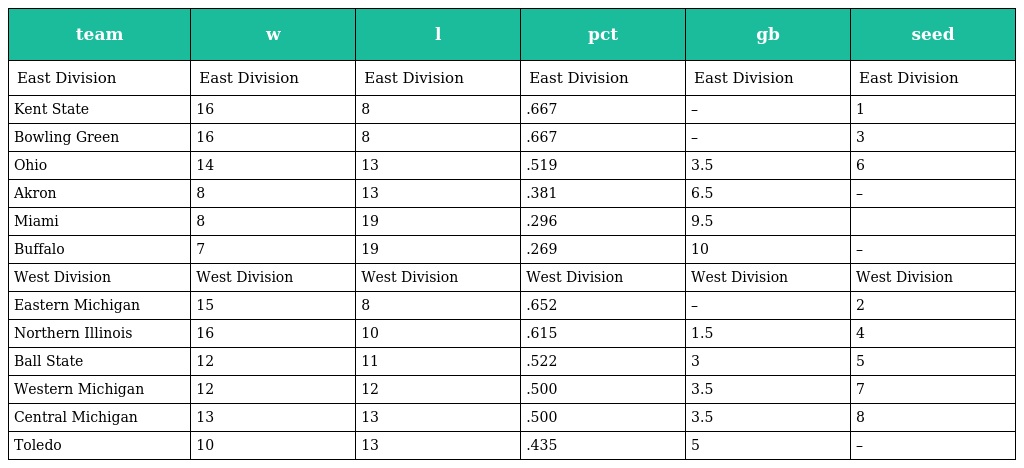
| team | w | l | pct | gb | seed |
 | --- | --- | --- | --- | --- | --- |
 | East Division | East Division | East Division | East Division | East Division | East Division |
 | Kent State | 16 | 8 | .667 | – | 1 |
 | Bowling Green | 16 | 8 | .667 | – | 3 |
 | Ohio | 14 | 13 | .519 | 3.5 | 6 |
 | Akron | 8 | 13 | .381 | 6.5 | – |
 | Miami | 8 | 19 | .296 | 9.5 |  |
 | Buffalo | 7 | 19 | .269 | 10 | – |
 | West Division | West Division | West Division | West Division | West Division | West Division |
 | Eastern Michigan | 15 | 8 | .652 | – | 2 |
 | Northern Illinois | 16 | 10 | .615 | 1.5 | 4 |
 | Ball State | 12 | 11 | .522 | 3 | 5 |
 | Western Michigan | 12 | 12 | .500 | 3.5 | 7 |
 | Central Michigan | 13 | 13 | .500 | 3.5 | 8 |
 | Toledo | 10 | 13 | .435 | 5 | – |